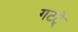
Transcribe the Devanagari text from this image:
गटटे्